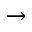
\rightarrow